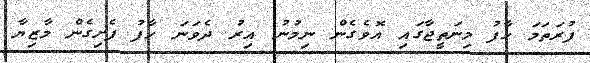
ފުރަތަމަ ހާފު މިނަތީޖާގައި އޮވެގެން ނިމުނު އިރު ދެވަނަ ހާފު ފެށިގެން މާޒިޔާ